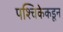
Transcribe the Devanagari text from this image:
पश्चिकेकडून